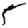
Digit: 5